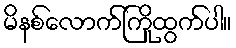
မိနစ်လောက်ကြိုထွက်ပါ။